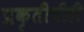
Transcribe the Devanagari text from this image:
प्रकृतीचीही